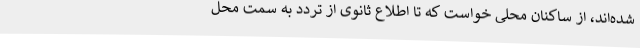
شده‌اند، از ساکنان محلی خواست که تا اطلاع ثانوی از تردد به سمت محل